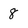
Character: 8